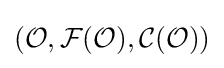
({\mathcal {O}},{\mathcal {F}}({\mathcal {O}}),{\mathcal {C}}({\mathcal {O}}))